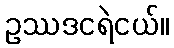
ဥဿဒငရဲငယ်။